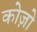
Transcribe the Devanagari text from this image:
कोज़ो